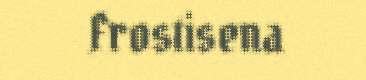
Frostisena